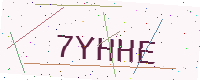
Text: 7YHHE